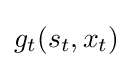
g_{t}(s_{t},x_{t})